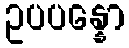
ဥပပန္နော